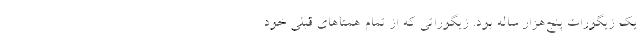
یک زیگورات پنج‌هزار ساله بود. زیگوراتی که از تمام همتاهای قبلی خود